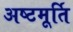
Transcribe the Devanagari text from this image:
अष्टमूर्ति